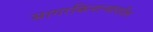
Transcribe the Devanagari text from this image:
सागरकिनाऱ्यावरील